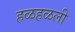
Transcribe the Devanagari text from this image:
हळहळली